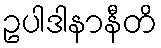
ဥပါဒါနာနီတိ